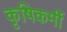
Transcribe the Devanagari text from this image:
कृषिकर्मी